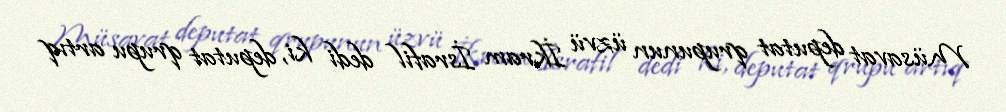
Müsavat deputat qrupunun üzvü İkram İsrafil dedi ki, deputat qrupu artıq